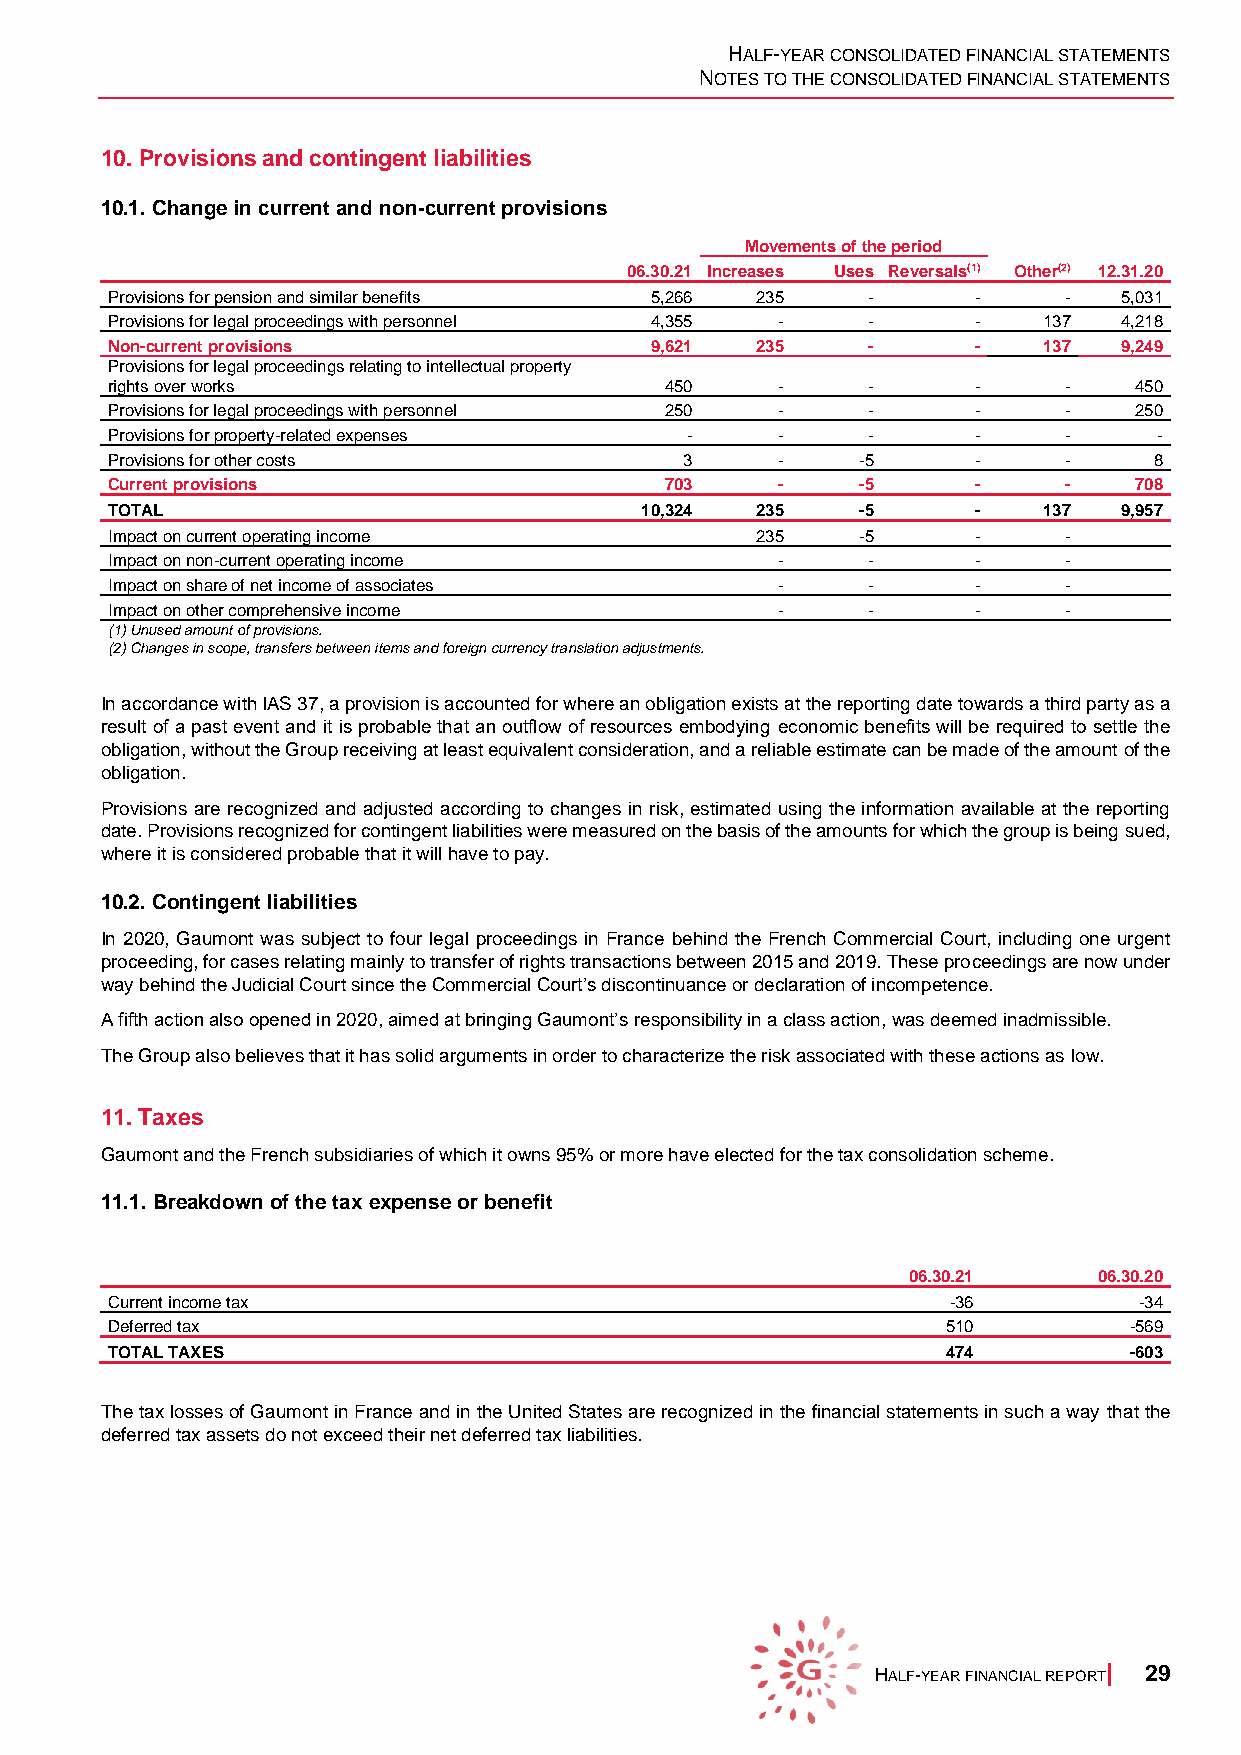
HALF-YEAR CONSOLIDATED FINANCIAL STATEMENTS
 NOTES TO THE CONSOLIDATED FINANCIAL STATEMENTS
 10. Provisions and contingent liabilities
 10.1. Change in current and non-current provisions
 Movements of the period
 06.30.21 Increases Uses Reversals(1) Other(2) 12.31.20
 Provisions for pension and similar benefits 5,266 235 -  -     -   5,031
 Provisions for legal proceedings with personnel 4,355 - - -   137  4,218
 Non-current provisions              9,621  235    -      -    137  9,249
 Provisions for legal proceedings relating to intellectual property
 rights over works                    450     -    -      -     -    450
 Provisions for legal proceedings with personnel 250 - -  -     -    250
 Provisions for property-related expenses -   -    -      -     -      -
 Provisions for other costs            3      -    -5     -     -     8
 Current provisions                   703     -    -5     -     -    708
 TOTAL                              10,324  235    -5     -    137  9,957
 Impact on current operating income         235    -5     -     -
 Impact on non-current operating income       -    -      -     -
 Impact on share of net income of associates  -    -      -     -
 Impact on other comprehensive income         -    -      -     -
 (1) Unused amount of provisions.
 (2) Changes in scope, transfers between items and foreign currency translation adjustments.
 In accordance with IAS 37, a provision is accounted for where an obligation exists at the reporting date towards a third party as a
 result of a past event and it is probable that an outflow of resources embodying economic benefits will be required to settle the
 obligation, without the Group receiving at least equivalent consideration, and a reliable estimate can be made of the amount of the
 obligation.
 Provisions are recognized and adjusted according to changes in risk, estimated using the information available at the reporting
 date. Provisions recognized for contingent liabilities were measured on the basis of the amounts for which the group is being sued,
 where it is considered probable that it will have to pay.
 10.2. Contingent liabilities
 In 2020, Gaumont was subject to four legal proceedings in France behind the French Commercial Court, including one urgent
 proceeding, for cases relating mainly to transfer of rights transactions between 2015 and 2019. These proceedings are now under
 way behind the Judicial Court since the Commercial Court’s discontinuance or declaration of incompetence.
 A fifth action also opened in 2020, aimed at bringing Gaumont’s responsibility in a class action, was deemed inadmissible.
 The Group also believes that it has solid arguments in order to characterize the risk associated with these actions as low.
 11. Taxes
 Gaumont and the French subsidiaries of which it owns 95% or more have elected for the tax consolidation scheme.
 11.1. Breakdown of the tax expense or benefit
 06.30.21     06.30.20
 Current income tax                                      -36         -34
 Deferred tax                                            510         -569
 TOTAL TAXES                                             474         -603
 The tax losses of Gaumont in France and in the United States are recognized in the financial statements in such a way that the
 deferred tax assets do not exceed their net deferred tax liabilities.
 HALF-YEAR FINANCIAL REPORT| 29